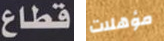
قطاع مؤهلات